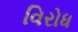
વિરોધ